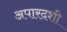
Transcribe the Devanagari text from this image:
अपारदशी